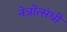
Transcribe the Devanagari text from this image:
नेत्रोंत्संधी